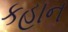
કહાન